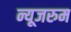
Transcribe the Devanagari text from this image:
न्यूजरुम